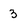
Character: 3